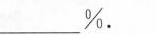
______%。